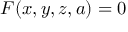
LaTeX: F ( x , y , z , a ) = 0